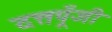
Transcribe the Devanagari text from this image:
दत्तपूँजी